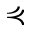
\curlyeqprec